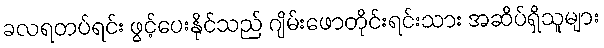
ခလရတပ်ရင်း ဖွင့်ပေးနိုင်သည် ဂျိမ်းဖောတိုင်းရင်းသား အဆိပ်ရှိသူများ